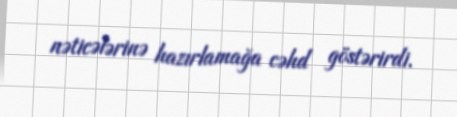
nəticələrinə hazırlamağa cəhd göstərirdi.